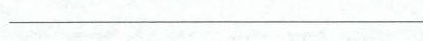
___